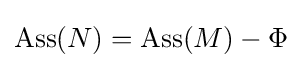
\operatorname {Ass} (N)=\operatorname {Ass} (M)-\Phi